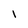
Character: i